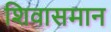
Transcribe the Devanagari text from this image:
शिवासमान